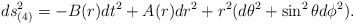
LaTeX: \begin{align*}ds_{(4)}^{2}=-B(r)dt^{2}+A(r)dr^{2}+r^{2}(d\theta^{2}+\sin ^{2} \theta d \phi^{2}). \end{align*}